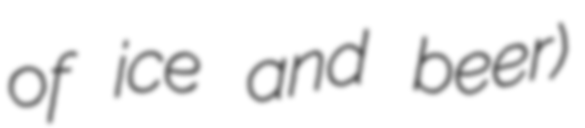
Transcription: of ice and beer)